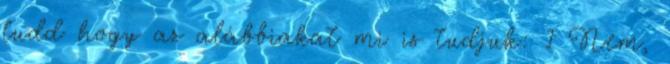
tudd hogy az alábbiakat mi is tudjuk: 1 Nem,